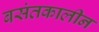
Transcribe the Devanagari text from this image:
बसंतकालीन